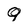
Character: 9